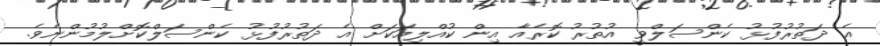
އެ ދަތުރުފުޅު ކެންސަލްވީ އުތުރު ކޮރެއާ އިން ކުއްލިއަކަށް އެ ދަތުރުފުޅު ކެންސަލްކޮށްލުމުންނެވެ.